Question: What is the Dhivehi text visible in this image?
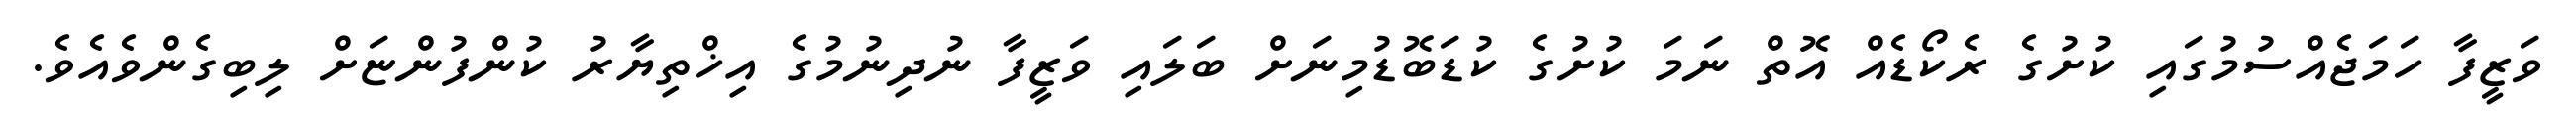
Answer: ވަޒީފާ ހަމަޖެއްސުމުގައި ކުށުގެ ރެކޯޑެއް އޮތް ނަމަ ކުށުގެ ކުޑަބޮޑުމިނަށް ބަލައި ވަޒީފާ ނުދިނުމުގެ އިޚްތިޔާރު ކުންފުންޏަށް ލިބިގެންވެއެވެ.